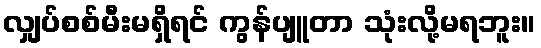
လျှပ်စစ်မီးမရှိရင် ကွန်ပျူတာ သုံးလို့မရဘူး။